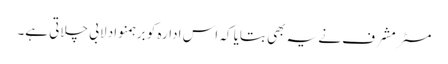
مسٹر مشرف نے یہ بھی بتایا کہ اس ادارہ کو برہمنواد لابی چلاتی ہے۔